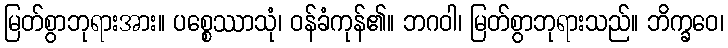
မြတ်စွာဘုရားအား။ ပစ္စေဿာသုံ၊ ဝန်ခံကုန်၏။ ဘဂဝါ၊ မြတ်စွာဘုရားသည်။ ဘိက္ခဝေ၊